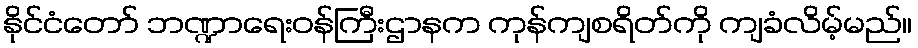
နိုင်ငံတော် ဘဏ္ဍာရေးဝန်ကြီးဌာနက ကုန်ကျစရိတ်ကို ကျခံလိမ့်မည်။